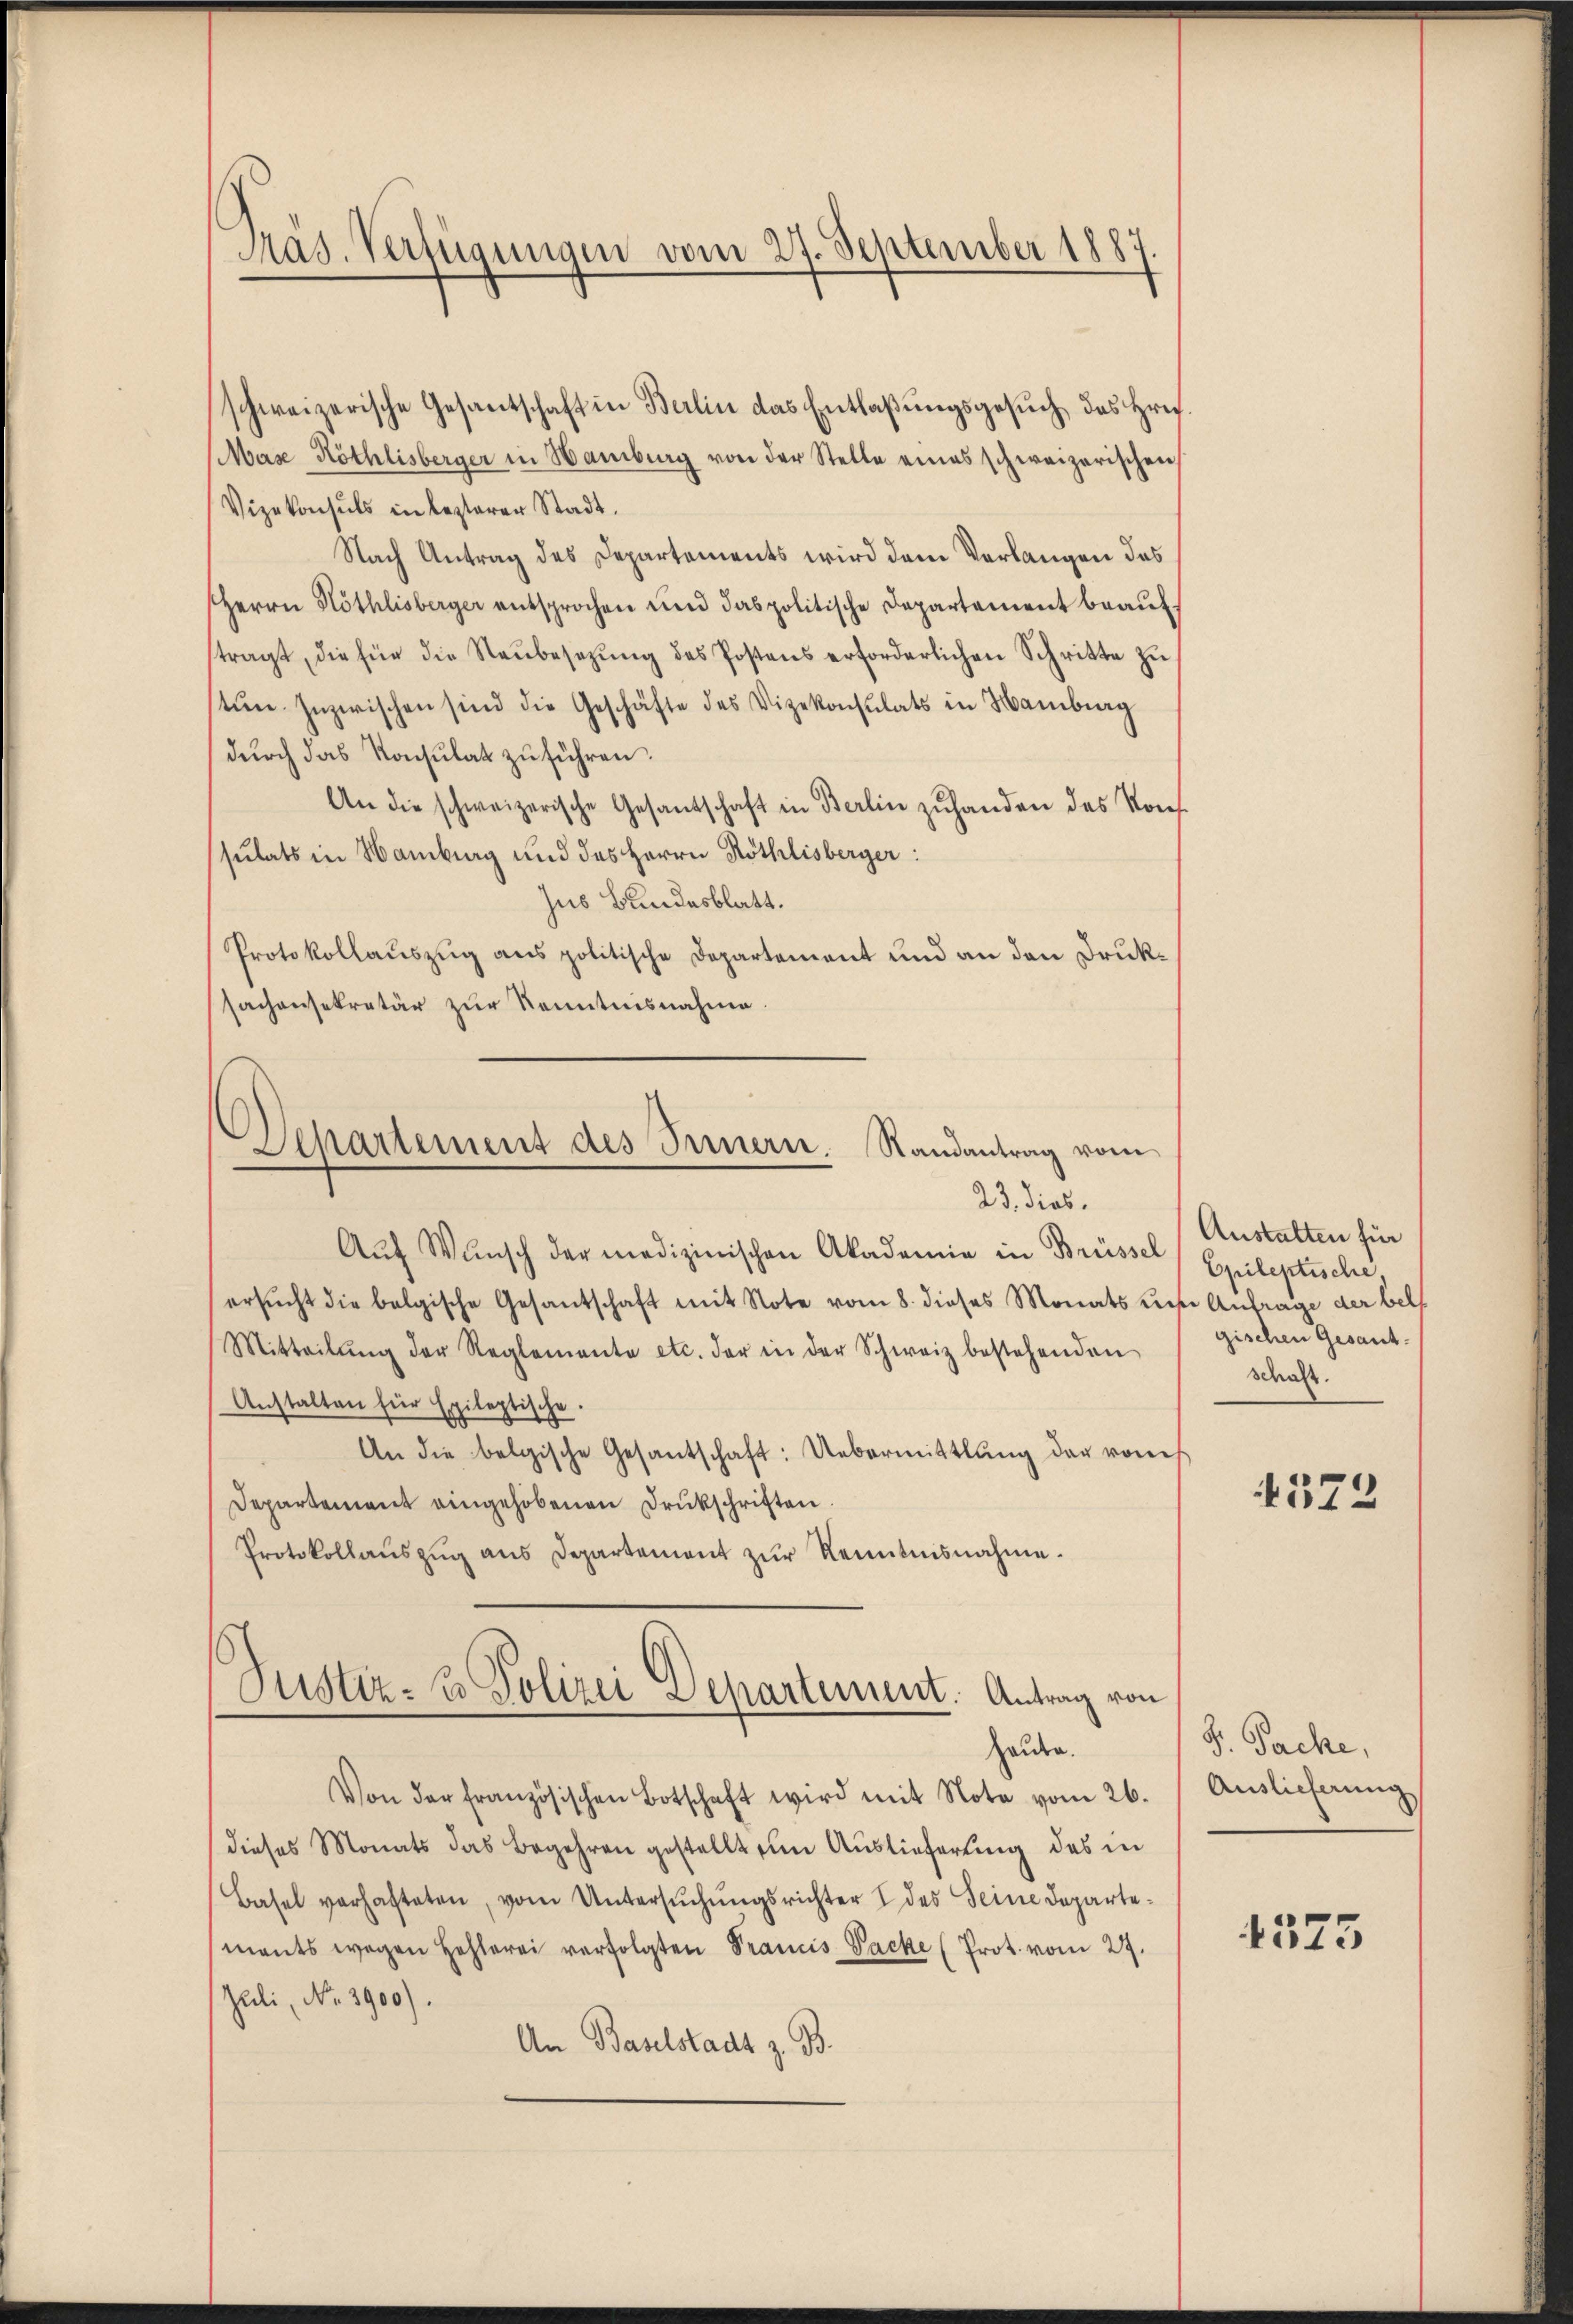
Präs. Verfügungen vom 27. September 1887.

schweizerische Gesantschaft in Berlin das Entlaßungsgesuch, das Hrn.
Mase Röthlisberger in Hamburg von der Stelle eines schweizerischen
Vizekonsuls in lezteren Stadt.
Nach Antrag des Departements wird dem Verlangen des
Herrn Höthlisberger entsprochen und das politische Departement beaŭf-
stragt, die für die Neŭbesetzŭng des Postens erforderlichen Schritte zŭ
tŭn Inzwischen sind die Geschäfte des Vizekonsulats in Hamburg
dŭrch das Konsulat zuführen.
An die schweizerische Gesandschaft in Berlin zŭ handen das Konf
sulats in Hamburg und des Herrn Röthlisberger:
Jus Bundesblatt.
Protokollauszug aus politische Departement und an den Druksachensekretär zur Kenntnisnahme

Separtement des Innern. Randantrag vom
23. dies.

Aŭf Wŭnsch der medizinischen Akademie in Brüssel (Epileptische,
ersŭcht die belgische Gesantschaft mit Note vom 8. dieses Monats zur Anfrage der belf
Mitteilŭng der Reglemente etc. der in der Schweiz bestehenden
Anstalten für Epileptische
An die belgische Gesantschaft: Uebermittlung der vons
Departement eingehobenen Drukschriften.
Protokollaŭszŭg ans Departement zŭr Kenntnisnahme.

Justiz- u. Polizei Departement. Antrag von
Haute.

Von der französischen Botschaft wird mit Note vom 26.
dieses Monats das Begehren gestellt um Auslieferung des in
Basel verhafteten, vom Untersŭchŭngsrichter I des Seine Departemants wegen Hehlerei verfolgten Prancis Packe (Prot. vom 27.
Juli, No. 3900).
An Baselstadt z. B.

Anstalten für
gischen Gesant.
schaft.

4572

S. Pache,
Auslieferung

4375